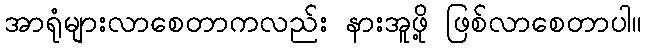
အာရုံများလာစေတာကလည်း နားအူဖို့ ဖြစ်လာစေတာပါ။